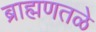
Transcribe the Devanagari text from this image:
ब्राह्मणतळे